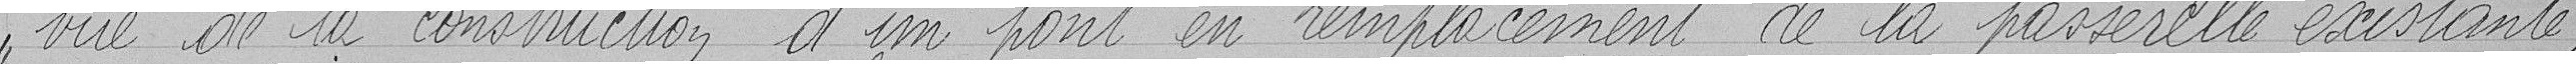
vue de la construction d'un pont en remplacement de la passerelle existante,